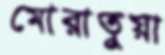
মোরাতুয়া